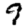
Digit: 9